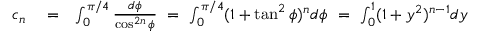
\begin{array} { r l r } { c _ { n } } & { { } = } & { \int _ { 0 } ^ { \pi / 4 } \frac { d \phi } { \cos ^ { 2 n } \phi } \ = \ \int _ { 0 } ^ { \pi / 4 } ( 1 + \tan ^ { 2 } \phi ) ^ { n } d \phi \ = \ \int _ { 0 } ^ { 1 } ( 1 + y ^ { 2 } ) ^ { n - 1 } d y } \end{array}